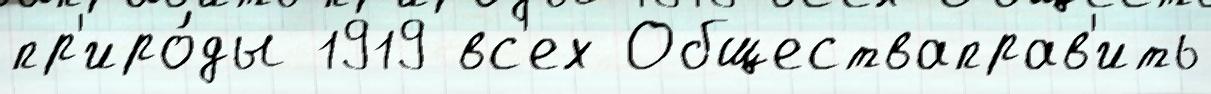
пр'иро́ды 1919 вс'ех Обществаправ'ить